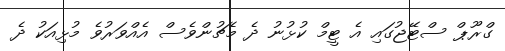
ގްރޫޕް ސްޓޭޖުގައި އެ ޓީމް ކުޅުނު ދެ މެޗުންވެސް އެއްވަރުވެ މުޅިއަކު ދެ